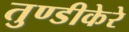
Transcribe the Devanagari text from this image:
तुण्डीकेरे